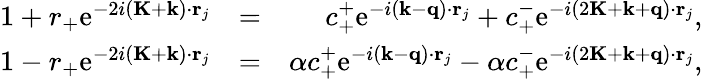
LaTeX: \begin{array}{rlr}{1+r_{+}\mathrm{e}^{-2i(\mathbf{K}+\mathbf{k})\cdot\mathbf{r}_{j}}}&{=}&{c_{+}^{+}\mathrm{e}^{-i(\mathbf{k}-\mathbf{q})\cdot\mathbf{r}_{j}}+c_{+}^{-}\mathrm{e}^{-i(2\mathbf{K}+\mathbf{k}+\mathbf{q})\cdot\mathbf{r}_{j}},}\\ {1-r_{+}\mathrm{e}^{-2i(\mathbf{K}+\mathbf{k})\cdot\mathbf{r}_{j}}}&{=}&{\alpha c_{+}^{+}\mathrm{e}^{-i(\mathbf{k}-\mathbf{q})\cdot\mathbf{r}_{j}}-\alpha c_{+}^{-}\mathrm{e}^{-i(2\mathbf{K}+\mathbf{k}+\mathbf{q})\cdot\mathbf{r}_{j}},}\end{array}